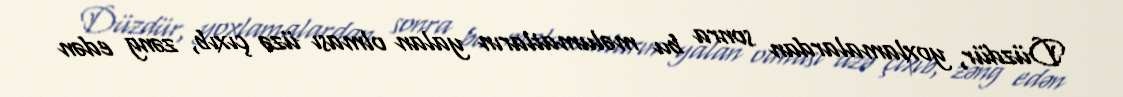
Düzdür, yoxlamalardan sonra bu məlumatların yalan olması üzə çıxıb, zəng edən